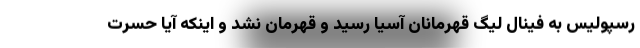
رسپولیس به فینال لیگ قهرمانان آسیا رسید و قهرمان نشد و اینکه آیا حسرت